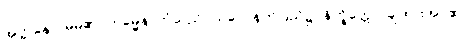
အတ္တနော၊ မိမိ၏။ ကမ္မေန၊ ကံသည်။ သဂ္ဂေ၊ နတ်ပြည်၌။ နိက္ခိတ္တော၊ ချထားအပ်၏။